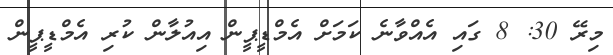
މިރޭ 30: 8 ގައި އެއްވާނެ ކަމަށް އެމްޑީޕީން އިއުލާން ކުރި އެމްޑީޕީން